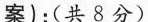
案):(共 8 分)